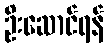
ဦးဆောင်ရန်